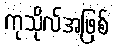
ကုသိုလ်အဖြစ်